Vaccination in Bombay 1874-1876 - 1874-1876
Year: 1874
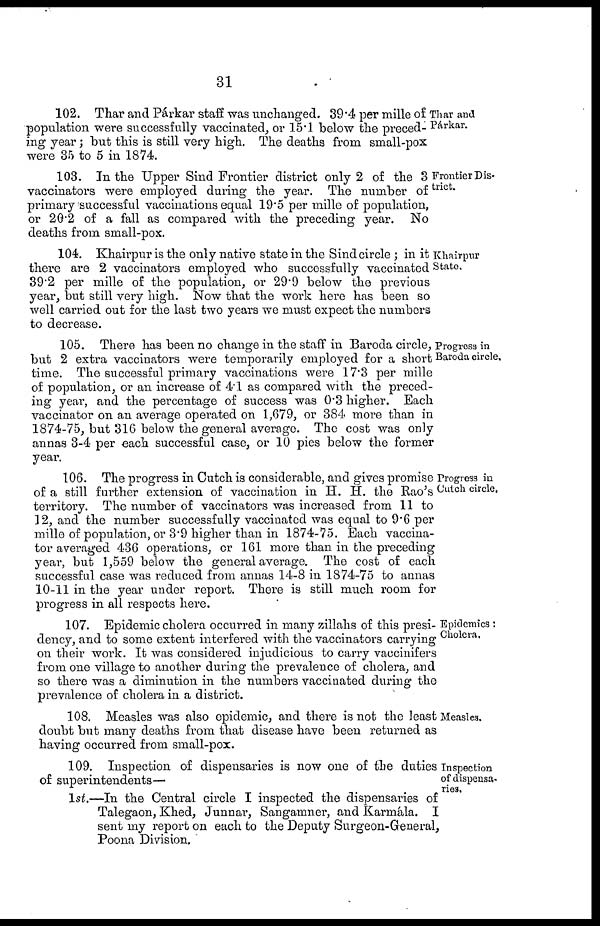
31
Thar and
Párkar.
102. Thar and Párkar staff was unchanged. 39.4 per mille of
population were successfully vaccinated, or 15.1 below the preced-
ing year ; but this is still very high. The deaths from small-pox
were 35 to 5 in 1874.
Frontier Dis-
trict.
103. In the Upper Sind Frontier district only 2 of the 3
vaccinators were employed during the year. The number of
primary successful vaccinations equal 19.5 per mille of population,
or 20.2 of a fall as compared with the preceding year. No
deaths from small-pox.
Khairpur
State.
104. Khairpur is the only native state in the Sind circle ; in it
there are 2 vaccinators employed who successfully vaccinated
39.2 per mille of the population, or 29.9 below the previous
year, but still very high. Now that the work here has been so
well carried out for the last two years we must expect the numbers
to decrease.
Progress in
Baroda circle.
105. There has been no change in the staff in Baroda circle,
but 2 extra vaccinators were temporarily employed for a short
time. The successful primary vaccinations were 17.3 per mille
of population, or an increase of 4.1 as compared with the preced-
ing year, and the percentage of success was 0.3 higher. Each
vaccinator on an average operated on 1,679, or 384 more than in
1874-75, but 316 below the general average. The cost was only
annas 3-4 per each successful case, or 10 pies below the former
year.
Progress in
Cutch circle.
106. The progress in Cutch is considerable, and gives promise
of a still further extension of vaccination in H. H. the Rao's
territory. The number of vaccinators was increased from 11 to
12, and the number successfully vaccinated was equal to 9.6 per
mille of population, or 3.9 higher than in 1874-75. Each vaccina-
tor averaged 436 operations, or 161 more than in the preceding
year, but 1,559 below the general average. The cost of each
successful case was reduced from annas 14-8 in 1874-75 to annas
10-11 in the year under report. There is still much room for
progress in all respects here.
Epidemics :
Cholera.
107. Epidemic cholera occurred in many zillahs of this presi-
dency, and to some extent interfered with the vaccinators carrying
on their work. It was considered injudicious to carry vaccinifers
from one village to another during the prevalence of cholera, and
so there was a diminution in the numbers vaccinated during the
prevalence of cholera in a district.
Measles.
108. Measles was also epidemic, and there is not the least
doubt but many deaths from that disease have been returned as
having occurred from small-pox.
Inspection
of dispensa-
ries.
109. Inspection of dispensaries is now one of the duties
of superintendents—
1st.—In the Central circle I inspected the dispensaries of
Talegaon, Khed, Junnar, Sangamner, and Karmála. I
sent my report on each to the Deputy Surgeon-General,
Poona Division.